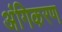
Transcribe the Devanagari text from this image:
अंगिकरण